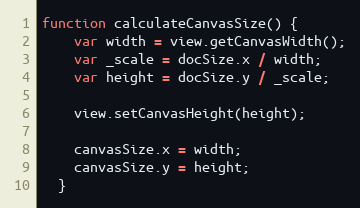
Language: JavaScript
function calculateCanvasSize() {
    var width = view.getCanvasWidth();
    var _scale = docSize.x / width;
    var height = docSize.y / _scale;

    view.setCanvasHeight(height);

    canvasSize.x = width;
    canvasSize.y = height;
  }